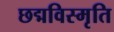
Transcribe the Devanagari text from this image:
छद्मविस्मृति